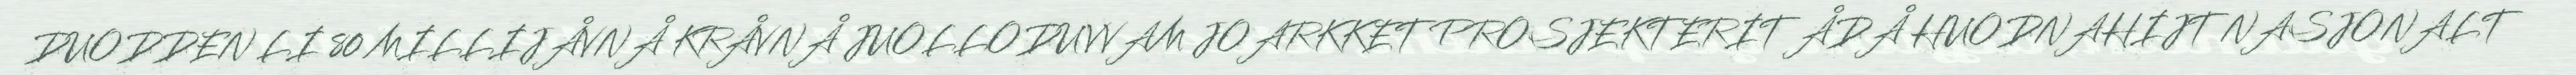
DUODDEN LI 80 MILLIJÅVNÅ KRÅVNÅ JUOLLODUVVAM JOARKKET PROSJEKTERIT ÅDÅ HUODNAHIJT NASJONALT